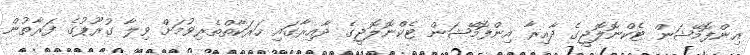
އިންފޮމޭޝަން ޓެކްނޮލޮޖީގެ ދާއިރާ އިންފޮމޭޝަން ޓެކްނޮލޮޖީގެ ދާއިރާގައި ހަރަކާތްތެރިވުމަށް ވިލާ ގުރޫޕުގެ ފަރާތުން